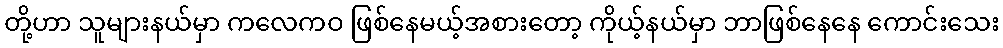
တို့ဟာ သူများနယ်မှာ ကလေကဝ ဖြစ်နေမယ့်အစားတော့ ကိုယ့်နယ်မှာ ဘာဖြစ်နေနေ ကောင်းသေး